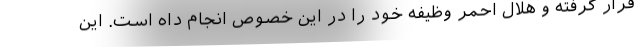
قرار گرفته و هلال احمر وظیفه خود را در این خصوص انجام داه است. این